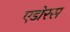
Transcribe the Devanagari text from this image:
एडोरस